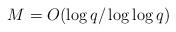
LaTeX: \begin{align*} M= O(\log q/\log \log q)\end{align*}